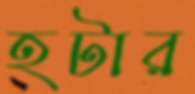
হটার